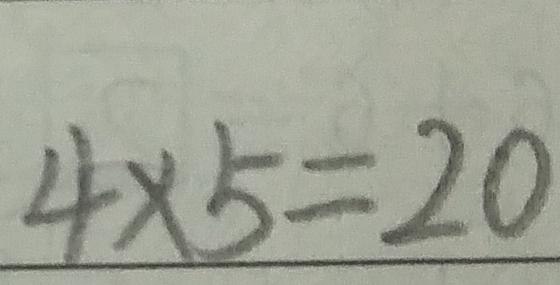
4 \times 5 = 2 0